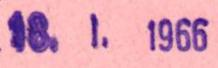
18. 1. 1966